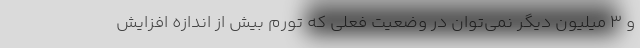
و ۳ میلیون دیگر نمی‌توان در وضعیت فعلی که تورم بیش از اندازه افزایش